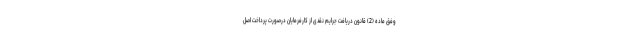
وفق ماده (2) قانون دریافت جرایم نقدی از کارفرمایان درصورت پرداخت اصل